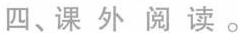
四、课外阅读。